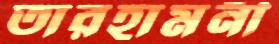
তারহামনী